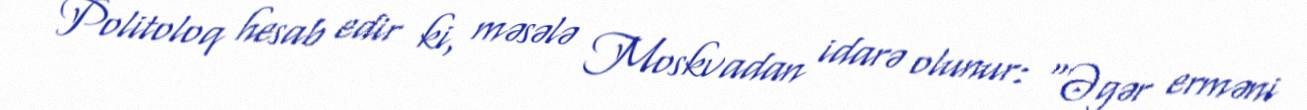
Politoloq hesab edir ki, məsələ Moskvadan idarə olunur: “Əgər erməni